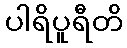
ပါရိပူရီတိ